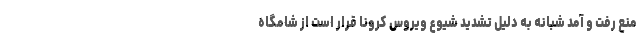
منع رفت و آمد شبانه به دلیل تشدید شیوع ویروس کرونا قرار است از شامگاه